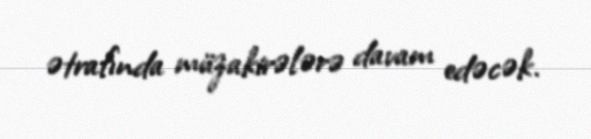
ətrafında müzakirələrə davam edəcək.